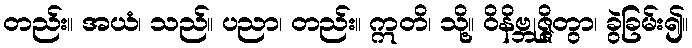
တည်း။ အယံ၊ သည်။ ပညာ၊ တည်း။ ဣတိ၊ သို့။ ဝိနိဗ္ဘုဇ္ဇိတွာ၊ ခွဲခြမ်း၍။